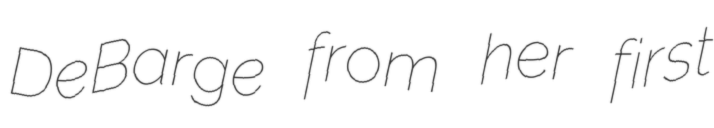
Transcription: DeBarge from her first